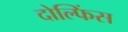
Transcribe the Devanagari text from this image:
दोल्फिंस